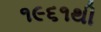
૧૯૬૧થી